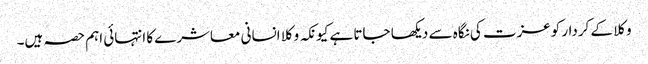
وکلا کے کردار کوعزت کی نگاہ سے دیکھا جاتا ہے کیونکہ وکلا انسانی معاشرے کا انتہائی اہم حصہ ہیں۔